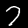
Label: 7